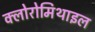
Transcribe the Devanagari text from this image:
क्लोरोमिथाइल